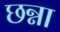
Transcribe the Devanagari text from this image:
छन्ना